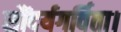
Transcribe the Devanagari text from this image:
सौंदर्यगर्विता।